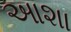
આશા